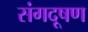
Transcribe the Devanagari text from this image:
संगदूषण